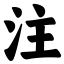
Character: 注